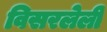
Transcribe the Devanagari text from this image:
विसरलेली